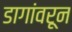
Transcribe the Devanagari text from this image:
डागांवरून